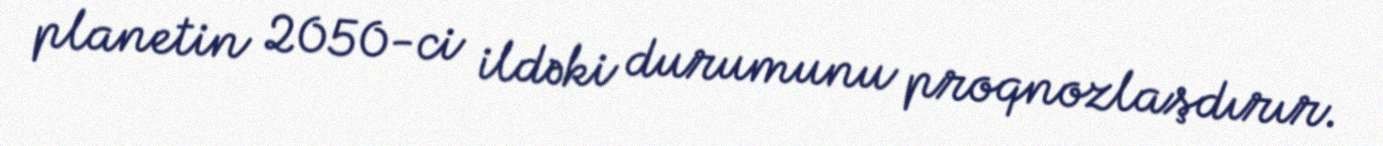
planetin 2050-ci ildəki durumunu proqnozlaşdırır.